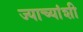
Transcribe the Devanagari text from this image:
ज्याच्यांशी